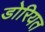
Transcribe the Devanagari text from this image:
डोरियत